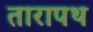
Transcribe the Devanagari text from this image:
तारापथ